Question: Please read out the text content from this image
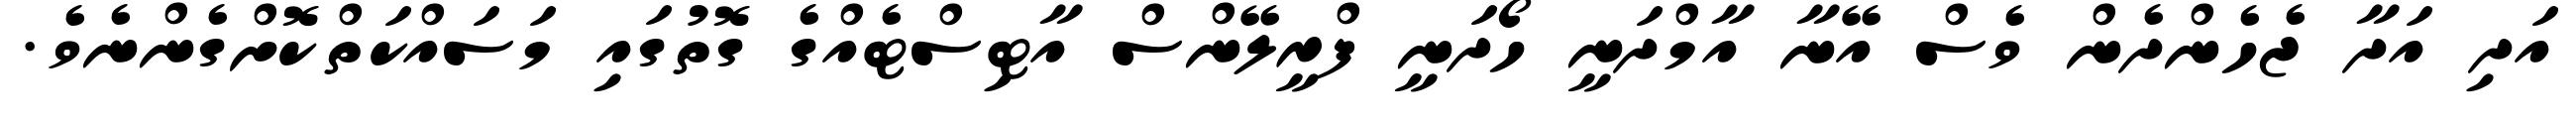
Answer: އަދި އަދާ ޖެހެންދެން ވެސް އޭނާ އާމްދަނީ ހޯދަނީ ފްރީލޭންސް އާޓިސްޓެއްގެ ގޮތުގައި މަސައްކަތްކޮށްގެންނެވެ.